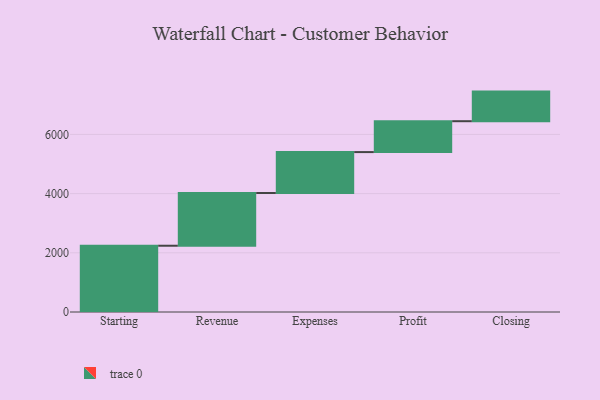
{"axis": {"x": "Step", "y": "Value"}, "legend": [""], "data": [{"x": "Starting", "y": 2239.0, "type": ""}, {"x": "Revenue", "y": 1782.0, "type": ""}, {"x": "Expenses", "y": 1382.0, "type": ""}, {"x": "Profit", "y": 1044.0, "type": ""}, {"x": "Closing", "y": 1000, "type": ""}]}